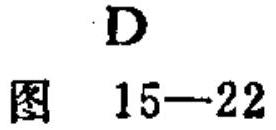
D
图 15—22